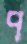
প